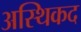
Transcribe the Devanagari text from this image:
अस्थिकद